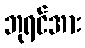
ဘုရင်အား